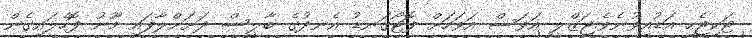
ޓަކިޖެހި އަޑުއިވުނެވެ.ޖަޒްލީ އަވަސް އަވަހަށް ފޮޓޯގަނޑު އެނދުގެ ބާލީސް ދަށަށްލާފައި މޫނު ފޮހެލައިގެން